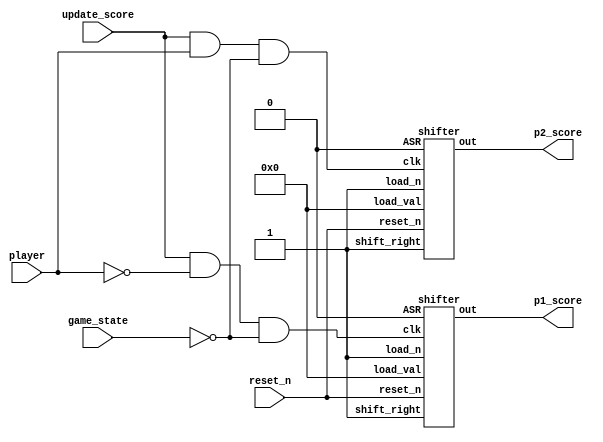

/**************************************************** SCORE BOARD  *********************************************/

// Both shift registers perform logical right shift (loading 1s in the most significant bits) to track the scores.
  
module update_score (
  input reset_n,
  input update_score,
  input player,
  input [7:0] game_state, 
  output [7:0] p1_score,
  output [7:0] p2_score
  );

  wire update_p1_score;
  wire update_p2_score;  

  // Tracks p1's score.
  shifter P1_SCORE_BOARD (
    .clk(update_score && !player && !game_state), // Updates p1's score when game state is zero and whoever is about to play at that point is p2. 
    .reset_n(reset_n),
    .ASR(1'd0), 
    .load_n(1'd1), 
    .shift_right(1'd1), 
    .load_val(8'd0),
    .out(p1_score)
  );
   
  // Tracks p2's score. 
  shifter P2_SCORE_BOARD (
    .clk(update_score && player && !game_state), // Updates p2's score when game state is zero and whoever is about to play at that point is p1. 
    .reset_n(reset_n),
    .ASR(1'd0),  
    .load_n(1'd1), 
    .shift_right(1'd1), 
    .load_val(8'd0),
    .out(p2_score)
  );

 endmodule

/************************************************* SHIFT REGISTER  **********************************************/

module shifter (
  input clk, 
  input reset_n,
  input load_n, 
  input shift_right, 
  input ASR, 
  input [7:0] load_val,
  output [7:0] out
  );
  
  wire mux0out_to_shifter_bit7;

  mux2to1_1bit MUX (
    .input0(1'b1), // Selected when ASR is 0 (performs logical right shift).
    .input1(out[7]), // Selected when ASR is 1 (performs arithmetic right shift). Most significant bit is replicated.  
    .select(ASR), // Shift operation select signal
    .out(mux0out_to_shifter_bit7) // Wired to the input of SB7. 
  );
    
  shifter_bit SB7 (
    .out(out[7]), 
    .in(mux0out_to_shifter_bit7), // Input is wired to the output of MUX. 
    .shift(shift_right), 
    .load_val(load_val[7]), 
    .load_n(load_n), 
    .clk(clk), 
    .reset_n(reset_n)
  );

  shifter_bit SB6 (
    .out(out[6]),
    .in(out[7]), // Input is wired to the output of SB7. 
    .shift(shift_right), 
    .load_val(load_val[6]), 
    .load_n(load_n), 
    .clk(clk), 
    .reset_n(reset_n)
  );

  shifter_bit SB5 (
    .out(out[5]),
    .in(out[6]), // Input is wired to the output of SB6.
    .shift(shift_right), 
    .load_val(load_val[5]), 
    .load_n(load_n), 
    .clk(clk), 
    .reset_n(reset_n)
  );

  shifter_bit SB4 (
    .out(out[4]),
    .in(out[5]), // Input is wired to the output of SB5.
    .shift(shift_right), 
    .load_val(load_val[4]), 
    .load_n(load_n), 
    .clk(clk), 
    .reset_n(reset_n)
  );

  shifter_bit SB3 (
    .out(out[3]),
    .in(out[4]), // Input is wired to the output of SB4.
    .shift(shift_right), 
    .load_val(load_val[3]), 
    .load_n(load_n), 
    .clk(clk), 
    .reset_n(reset_n)
  );

  shifter_bit SB2 (
    .out(out[2]),
    .in(out[3]), // Input is wired to the output of SB3.
    .shift(shift_right), 
    .load_val(load_val[2]), 
    .load_n(load_n), 
    .clk(clk), 
    .reset_n(reset_n)
 );

  shifter_bit SB1 (
    .out(out[1]),
    .in(out[2]), // Input is wired to the output of SB2.
    .shift(shift_right), 
    .load_val(load_val[1]), 
    .load_n(load_n), 
    .clk(clk), 
    .reset_n(reset_n)
  );

  shifter_bit SB0 (
    .out(out[0]),
    .in(out[1]), // Input is wired to the output of SB1.
    .shift(shift_right), 
    .load_val(load_val[0]), 
    .load_n(load_n), 
    .clk(clk), 
    .reset_n(reset_n)
  );
  
endmodule

/*************************************************** SHIFTER BIT  **********************************************/

module shifter_bit (
  input clk, 
  input reset_n, 
  input in, 
  input shift, 
  input load_val, 
  input load_n,
  output out
  );
  
  wire mux0_out;
  wire mux1_out;
  
  mux2to1_1bit MUX0 (
    .input0(out), // Selected when shift is 0. Wired to output of FF. 
    .input1(in), // Selected when shift is 1. 
    .select(shift), // Selects between loading value from its own input or the previous flip flop output. 
    .out(mux0_out) // Wired to input1 of MUX1. 
  );
  
  mux2to1_1bit MUX1 ( 
    .input0(load_val), // Selected when load_n is 0. 
    .input1(mux0_out), // Selected when load_n is 1. 
    .select(load_n), // Selects between loading its own load value or the output of MUX0. 
    .out(mux1_out) // Wired to the input of FF. 
  );

  flip_flop FF ( 
    .clk(clk),
    .reset_n(reset_n),
    .d(mux1_out), // Wired to the output of MUX1. 
    .out(out) // Wired to input0 of MUX0. 
  );
  
endmodule

/***************************************************** D FLIP FLOP  ***********************************************/

module flip_flop (
  input clk, 
  input reset_n, 
  input d,
  output out
  );

  reg q;
  assign out = q;

  always @(posedge clk) 
    begin
      if (reset_n == 1'd0) 
        q <= 1'd0; 
      else 
        q <= d; // Value of d passes through to output q. 
  end
endmodule

/************************************************** 1-BIT 2 TO 1 MUX ********************************************/

module mux2to1_1bit (
  input input0, // Chosen when select is 0. 
  input input1, // Chosen when select is 1.
  input select, // Select signal
  output out // Output
  ); 
  
  assign out = select ? input1 : input0;

endmodule 

/**************************************************** T FLIP FLOP ************************************************/

// Tracks the current player using a T flip flop.
 
module switch_player (
  input activate_switch, 
  input clk, 
  input reset,
  output player
  );

  reg out;
  assign player = out;
  
  always @(posedge clk, negedge reset) 
  begin
    if (reset == 1'b0) 
      out <= 1'b0; 
    else 
      out <= out ^ activate_switch; // If activate_switch is high, the value of out is inverted. Otherwise, the value of out remains unchanged. 
  end 
endmodule